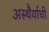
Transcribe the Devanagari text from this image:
अस्थैर्याची